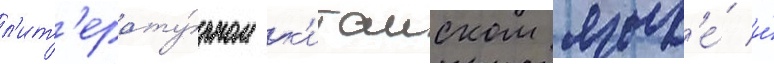
л'ит'ерату́рном к'итаиском язык'е́ и́